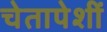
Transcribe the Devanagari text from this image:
चेतापेशीं